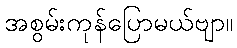
အစွမ်းကုန်ပြောမယ်ဗျာ။